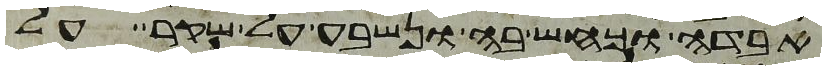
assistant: אבדה וכחש בה ונשבע על שקר על